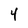
Character: 4